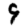
Digit: 9